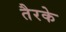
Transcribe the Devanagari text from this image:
तैरके